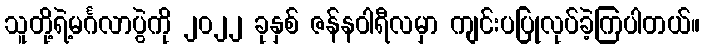
သူတို့ရဲ့မင်္ဂလာပွဲကို ၂၀၂၂ ခုနှစ် ဇန်နဝါရီလမှာ ကျင်းပပြုလုပ်ခဲ့ကြပါတယ်။